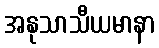
အနုသာသီယမာနာ